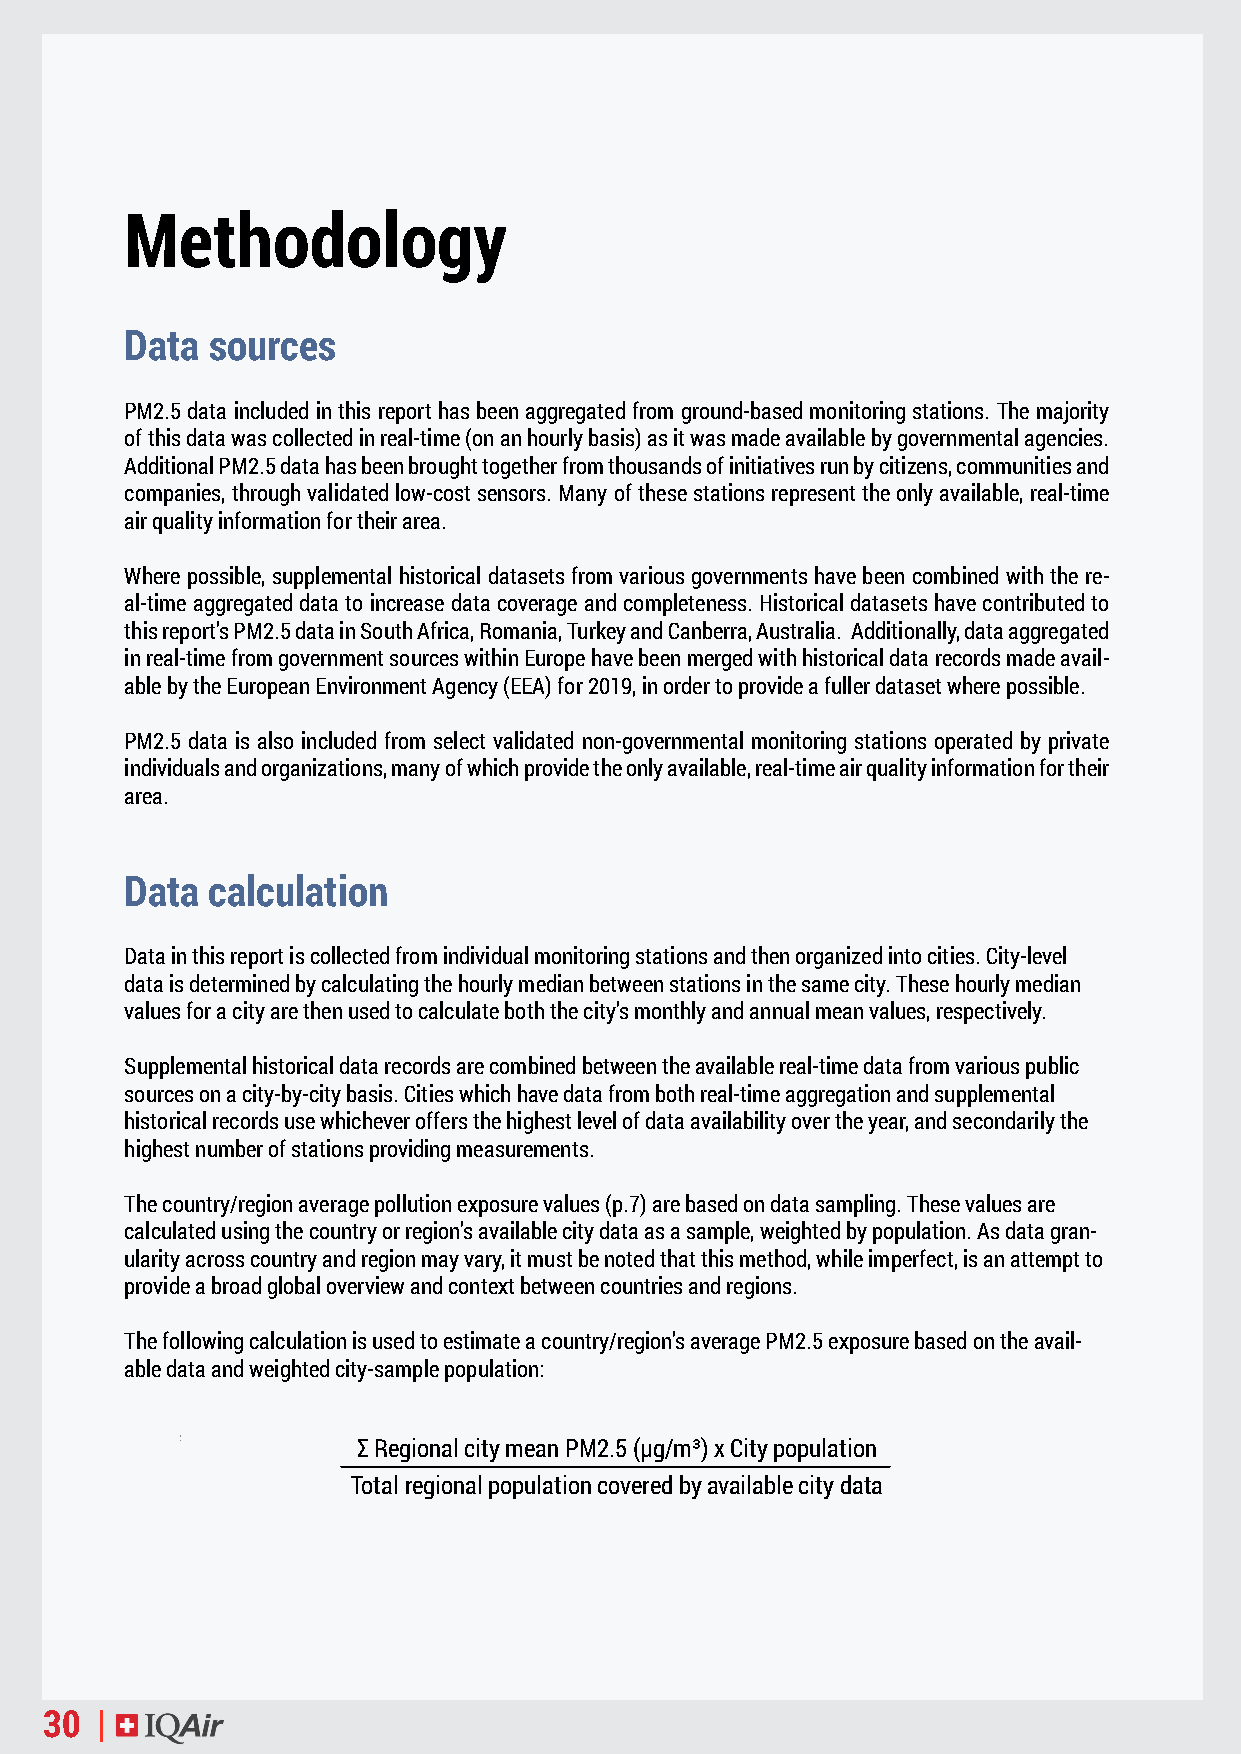
Methodology
 Data  sources
 PM2.5 data included in this report has been aggregated from ground-based monitoring stations. The majority
 of this data was collected in real-time (on an hourly basis) as it was made available by governmental agencies.
 Additional PM2.5 data has been brought together from thousands of initiatives run by citizens, communities and
 companies, through validated low-cost sensors. Many of these stations represent the only available, real-time
 air quality information for their area.
 Where possible, supplemental historical datasets from various governments have been combined with the re-
 al-time aggregated data to increase data coverage and completeness. Historical datasets have contributed to
 this report’s PM2.5 data in South Africa, Romania, Turkey and Canberra, Australia. Additionally, data aggregated
 in real-time from government sources within Europe have been merged with historical data records made avail-
 able by the European Environment Agency (EEA) for 2019, in order to provide a fuller dataset where possible.
 PM2.5 data is also included from select validated non-governmental monitoring stations operated by private
 individuals and organizations, many of which provide the only available, real-time air quality information for their
 area.
 Data  calculation
 Data in this report is collected from individual monitoring stations and then organized into cities. City-level
 data is determined by calculating the hourly median between stations in the same city. These hourly median
 values for a city are then used to calculate both the city’s monthly and annual mean values, respectively.
 Supplemental historical data records are combined between the available real-time data from various public
 sources on a city-by-city basis. Cities which have data from both real-time aggregation and supplemental
 historical records use whichever offers the highest level of data availability over the year, and secondarily the
 highest number of stations providing measurements.
 The country/region average pollution exposure values (p.7) are based on data sampling. These values are
 calculated using the country or region’s available city data as a sample, weighted by population. As data gran-
 ularity across country and region may vary, it must be noted that this method, while imperfect, is an attempt to
 provide a broad global overview and context between countries and regions.
 The following calculation is used to estimate a country/region’s average PM2.5 exposure based on the avail-
 able data and weighted city-sample population:
 Σ Regional city mean PM2.5 (µg/m³) x City population
 Total regional population covered by available city data
 30 |